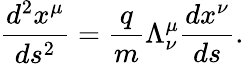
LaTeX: \frac{d^{2}x^{\mu}}{ds^{2}}=\frac{q}{m}\Lambda_{\nu}^{\mu}\frac{dx^{\nu}}{ds}.